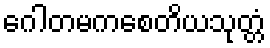
ဂေါတမကစေတိယသုတ္တံ